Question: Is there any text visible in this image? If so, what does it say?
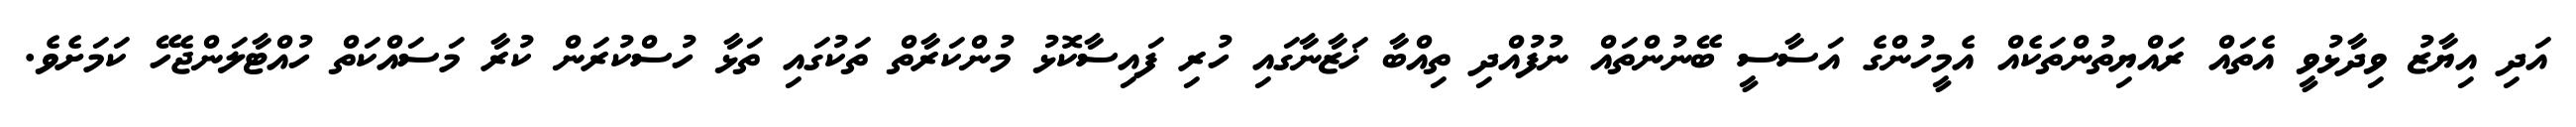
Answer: އަދި އިޔާޒު ވިދާޅުވީ އެތައް ރައްޔިތުންތަކެއް އެމީހުންގެ އަސާސީ ބޭނުންތައް ނުފުއްދި ތިއްބާ ޚަޒާނާގައި ހުރި ފައިސާކޮޅު މުންކަރާތް ތަކުގައި ތަޅާ ހުސްކުރަން ކުރާ މަސައްކަތް ހުއްޓާލަންޖެހޭ ކަމަށެވެ.